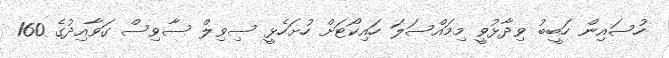
ހުސައިން ހަބީބު ވިދާޅުވީ މިމައްސަލަ ހައިކޯޓަށް ހުށަހެޅީ ސިވިލް ސާވިސް ގަވާއިދުގެ 160